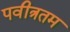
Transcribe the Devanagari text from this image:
पवीत्रतम